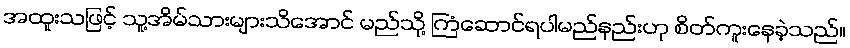
အထူးသဖြင့် သူ့အိမ်သားများသိအောင် မည်သို့ ကြံဆောင်ရပါမည်နည်းဟု စိတ်ကူးနေခဲ့သည်။